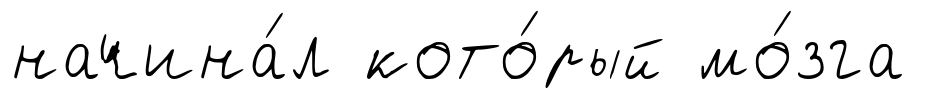
начина́л кото́рый мо́зга